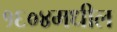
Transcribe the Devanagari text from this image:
१६०४मधील